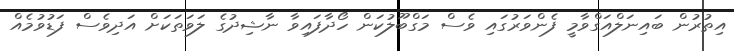
އިތުރުން ބައިނަލްއަގްވާމީ ފެންވަރުގައި ވެސް މަގްބޫލުކަން ހޯދާފައިވާ ނާޝިދުގެ ލަވަތަކަށް އަދިވެސް ފަޑުވުމެއް